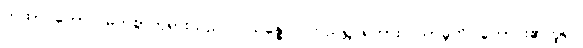
တထာဂတော၊ မြတ်စွာဘုရားသည်။ ပသန္နော၊ ကြည်ရွှင်ရကား။ သာဓူတိ၊ ကောင်း၏ဟူ၍။